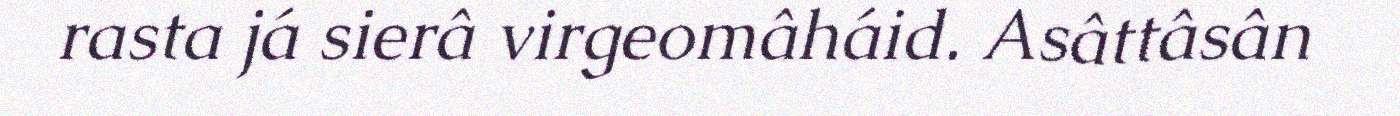
rasta já sierâ virgeomâháid. Asâttâsân